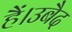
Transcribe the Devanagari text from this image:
हैं।उबैद